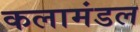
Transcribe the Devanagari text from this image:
कलामंडल